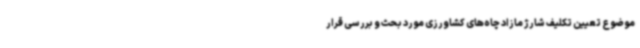
موضوع تعیین تکلیف شارژ مازاد چاه‌های کشاورزی مورد بحث و بررسی قرار